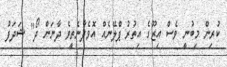
ކުރިން މިބުނީ ވެސް އިޒޫގެ އިތުރު ޕްލޭނެއް އޮވެދާނެތީވެ ދާނަން ދޯ" ޝަދަފު